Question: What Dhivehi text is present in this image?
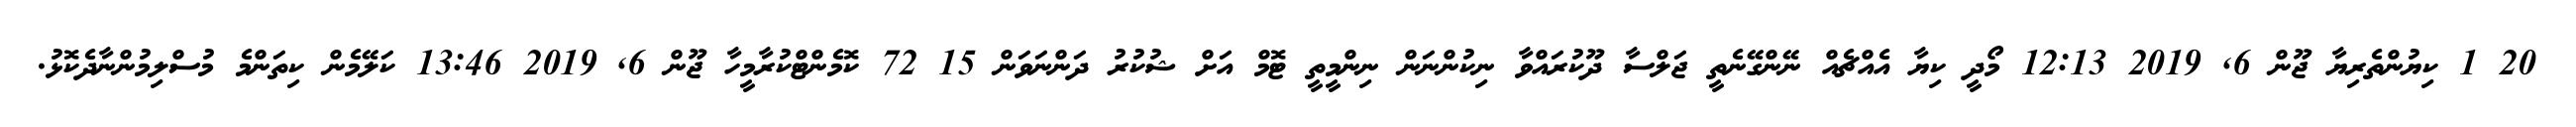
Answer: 20 1 ކިޔުންތެރިޔާ ޖޫން 6, 2019 12:13 މޯދީ ކިޔާ އެއްޗެއް ނޭންގޭނެތީ ޖަލްސާ ދޫކުރައްވާ ނިކުންނަން ނިންމީތީ ޓޮމް އަށް ޝުކުރު ދަންނަވަން 15 72 ކޮމެންޓްކުރާމީހާ ޖޫން 6, 2019 13:46 ކަލޭމެން ކިތަންމެ މުސްލިމުންނާދެކޮޅު.